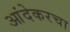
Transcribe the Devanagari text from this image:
आंदेकरचा